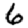
Digit: 6